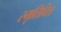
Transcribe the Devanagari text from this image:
स्मृतिचित्र